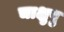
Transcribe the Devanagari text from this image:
चाक्षुषु